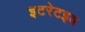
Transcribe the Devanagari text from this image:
इटरेटइव